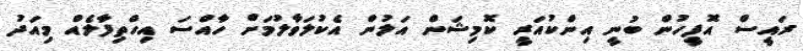
ރައީސް އޮފީހުން ބުނީ އިންކުއަރީ ކޮމިޝަން އަލުން އެކުލަވާލުމަށް ހާއްސަ އިހްތިފާލެއް މިއަދު